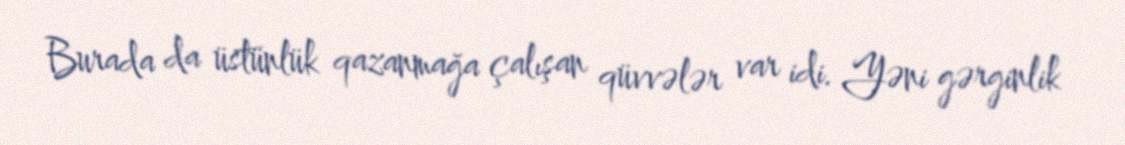
Burada da üstünlük qazanmağa çalışan qüvvələr var idi. Yəni gərginlik